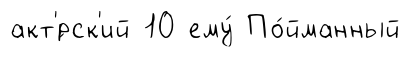
акт'́рск'ий 10 ему́ По́йманный